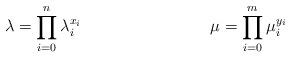
LaTeX: \begin{align*}\lambda&=\prod_{i=0}^n\lambda_i^{x_i} & \mu&=\prod_{i=0}^m\mu_i^{y_i}\end{align*}